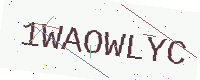
Text: 1WAOWLYC